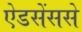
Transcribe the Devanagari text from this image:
ऐडसेंससे